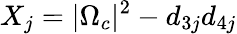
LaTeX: X_{j}=|\Omega_{c}|^{2}-d_{3j}d_{4j}